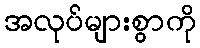
အလုပ်များစွာကို